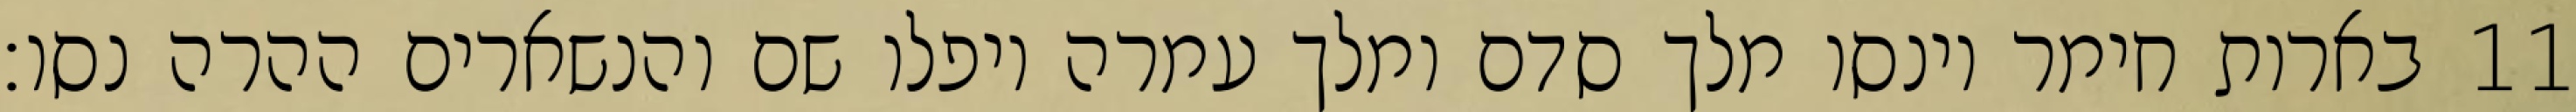
בארות חימר וינסו מלך סדם ומלך עמרה ויפלו שם והנשארים ההרה נסו׃ ‎11‏